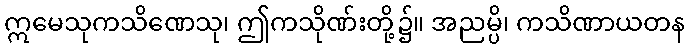
ဣမေသုကသိဏေသု၊ ဤကသိုဏ်းတို့၌။ အညမ္ပိ၊ ကသိဏာယတန